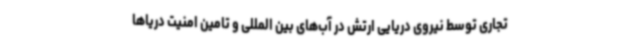
تجاری توسط نیروی دریایی ارتش در آب‌های بین المللی و تامین امنیت دریاها